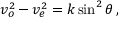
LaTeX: v _ { o } ^ { 2 \! } - v _ { e } ^ { 2 } = k \sin ^ { 2 } \theta \, ,